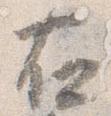
右